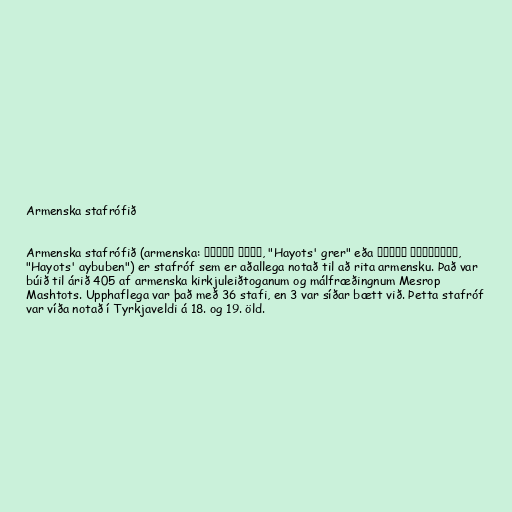
Armenska stafrófið

Armenska stafrófið (armenska: Հայոց գրեր, "Hayots' grer" eða Հայոց այբուբեն,
"Hayots' aybuben") er stafróf sem er aðallega notað til að rita armensku. Það var
búið til árið 405 af armenska kirkjuleiðtoganum og málfræðingnum Mesrop
Mashtots. Upphaflega var það með 36 stafi, en 3 var síðar bætt við. Þetta stafróf
var víða notað í Tyrkjaveldi á 18. og 19. öld.